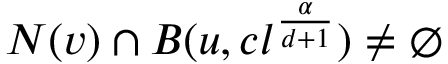
N ( v ) \cap B ( u , c l ^ { \frac { \alpha } { d + 1 } } ) \neq \emptyset